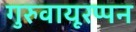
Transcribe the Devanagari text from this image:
गुरुवायूरप्पन